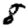
Digit: 8